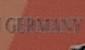
germany